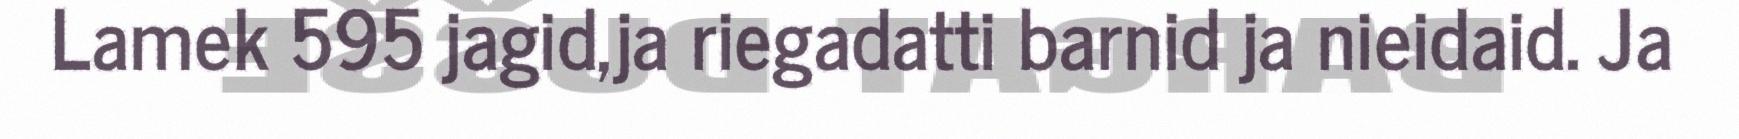
Lamek 595 jagid,ja riegadatti barnid ja nieidaid. Ja